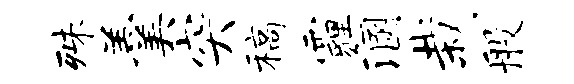
殊羹突稿霾溷栽般